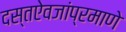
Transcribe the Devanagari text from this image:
दस्तऐवजांप्रमाणे